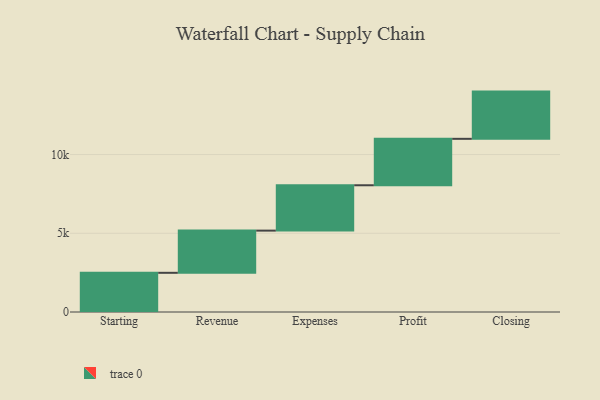
{"axis": {"x": "Step", "y": "Value"}, "legend": [""], "data": [{"x": "Starting", "y": 2489.0, "type": ""}, {"x": "Revenue", "y": 2680.0, "type": ""}, {"x": "Expenses", "y": 2881.0, "type": ""}, {"x": "Profit", "y": 2949.0, "type": ""}, {"x": "Closing", "y": 3000, "type": ""}]}